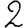
Digit: 2